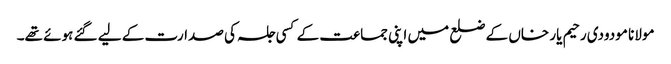
مولانا مودودی رحیم یار خاں کے ضلع میں اپنی جماعت کے کسی جلسہ کی صدارت کے لیے گئے ہوئے تھے۔